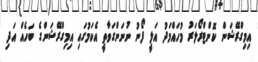
އިމިގްރޭޝަން ކޮންޓްރޯލަރު މުހައްމަދު އަލީ ފޯނު ނުނަންގަވާތީ އެކަމުގައި އިމިގްރޭޝަންގެ ބަހެއް އަދި